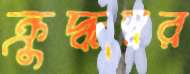
ক্রুদ্ধস্বর